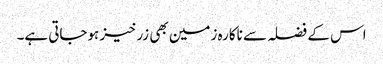
اس کے فضلہ سے ناکارہ زمین بھی زرخیز ہوجاتی ہے۔